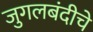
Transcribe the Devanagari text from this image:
जुगलबंदीचे